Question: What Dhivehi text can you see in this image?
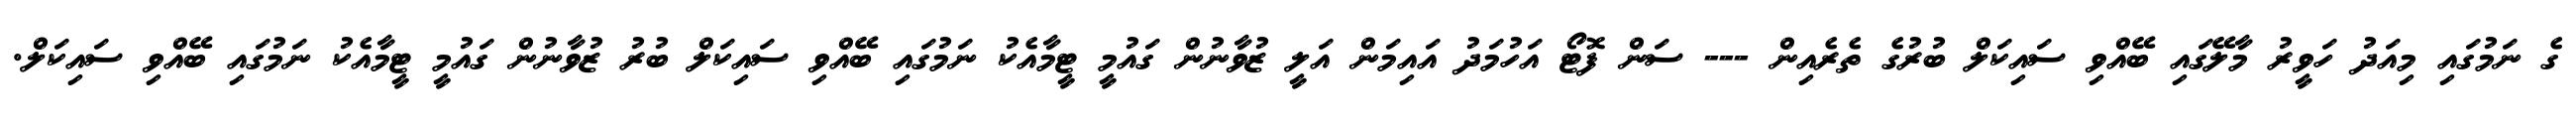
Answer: ގެ ނަމުގައި މިއަދު ހަވީރު މާލޭގައި ބޭއްވި ސައިކަލް ބުރުގެ ތެރެއިން --- ސަން ފޮޓޯ އަހުމަދު އައިމަން އަލީ ޒުވާނުން ގައުމީ ޓީމާއެކު ނަމުގައި ބޭއްވި ސައިކަލް ބުރު ޒުވާނުން ގައުމީ ޓީމާއެކު ނަމުގައި ބޭއްވި ސައިކަލް.